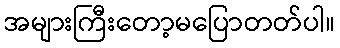
အများကြီးတော့မပြောတတ်ပါ။